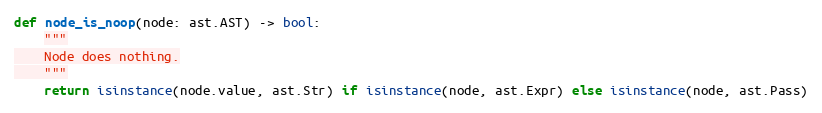
Language: Python
def node_is_noop(node: ast.AST) -> bool:
    """
    Node does nothing.
    """
    return isinstance(node.value, ast.Str) if isinstance(node, ast.Expr) else isinstance(node, ast.Pass)